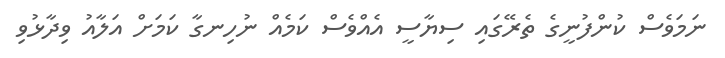
ނަމަވެސް ކުންފުނީގެ ތެރޭގައި ސިޔާސީ އެއްވެސް ކަމެއް ނުހިނގާ ކަމަށް އަލާއު ވިދާޅުވި